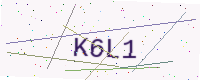
Text: K6L1